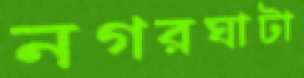
নগরঘাটা